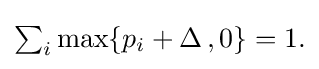
{\textstyle \sum _{i}\max\{p_{i}+\Delta \,,0\}=1.}